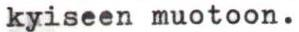
kyiseen muotoon.